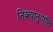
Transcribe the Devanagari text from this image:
निव्र्त्यानुप्पत्ति